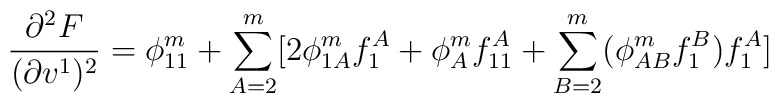
\frac{\partial ^2F}{(\partial v^1)^2}=\phi _{11}^m+\sum\limits_{A=2}^m[2\phi_{1A}^mf_1^A+\phi _A^mf_{11}^A+\sum\limits_{B=2}^m(\phi _{AB}^mf_1^B)f_1^A]